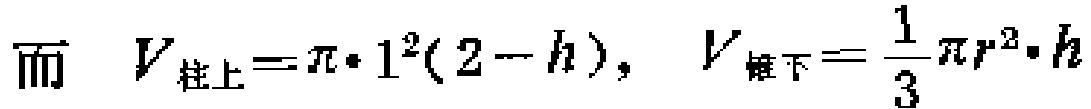
而 \(V_{柱上}=\pi\cdot1^{2}(2 - h),\ V_{锥下}=\frac{1}{3}\pi r^{2}\cdot h\)